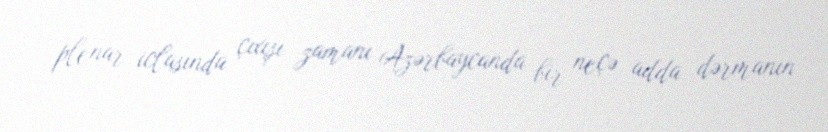
plenar iclasında çıxışı zamanı Azərbaycanda bir neçə adda dərmanın